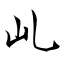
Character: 乢